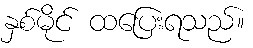
နှစ်မိုင် ထပြေးရသည်။